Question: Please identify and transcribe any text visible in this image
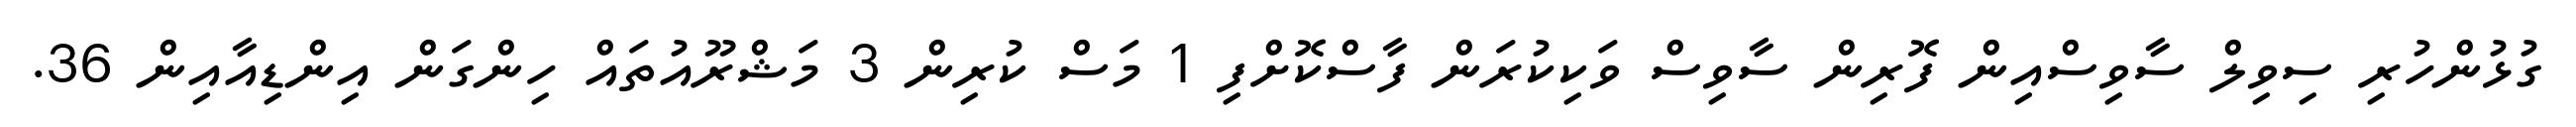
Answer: ގުޅުންހުރި ސިވިލް ސާވިސްއިން ފޮރިން ސާވިސް ވަކިކުރަން ފާސްކޮށްފި 1 މަސް ކުރިން 3 މަޝްރޫއުތައް ހިންގަން އިންޑިއާއިން 36.